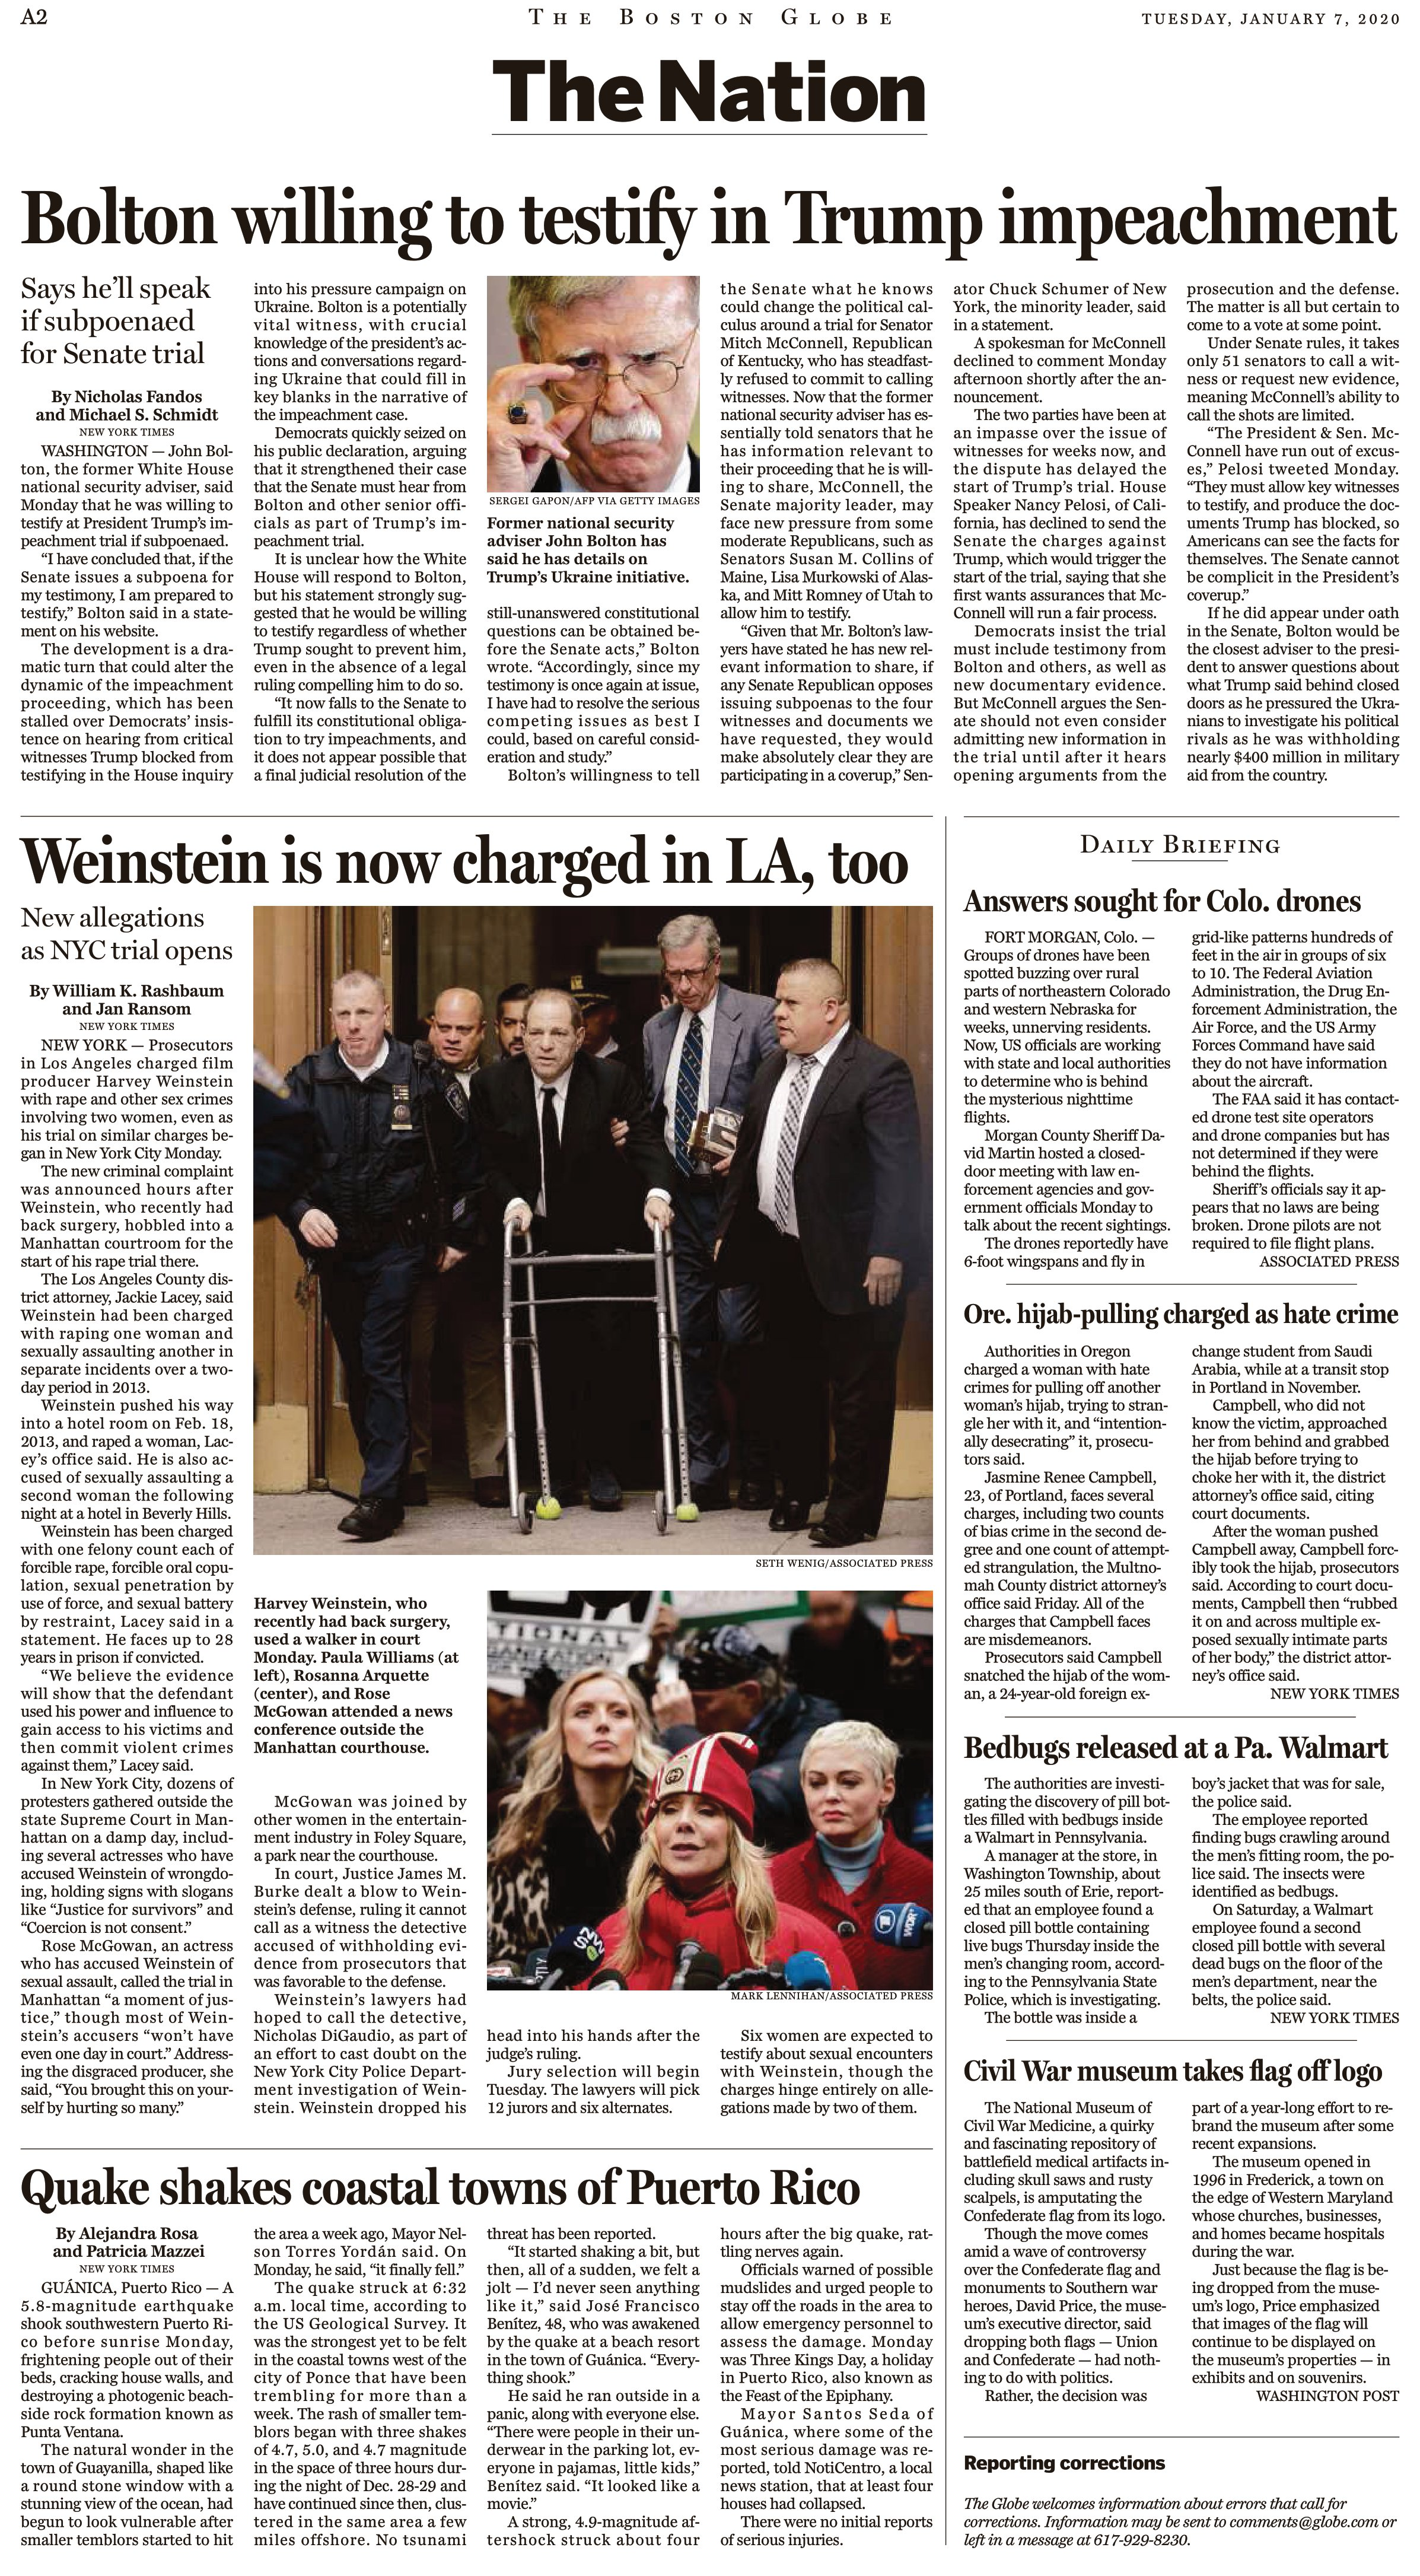
Language: en